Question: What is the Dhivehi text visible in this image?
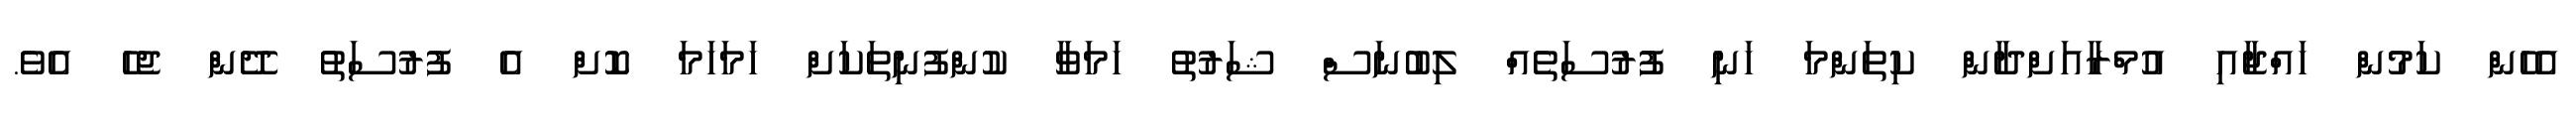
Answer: އެހެން ކަމުން ހައްޖާއި އުމްރާއަށްދާން ކިތަންމަ ހަނި ފުުރުސަތެއް ލިބުނަސް ޝަރުތު ހަމަވާ ކުންފުނިތަކަށް ހަމަހަމަ ކޮށް އެ ފުރުސަތު ދޭން ޖެހެ އެވެ.